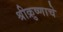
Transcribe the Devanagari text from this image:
श्रीक्रुष्णाचे